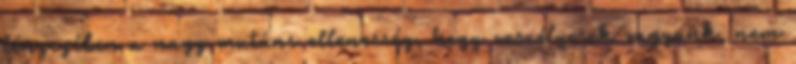
lényegében a nagy mutáns ellenesség, hogy veszélyesek vagyunk, nem